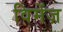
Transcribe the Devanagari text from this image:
विमेंज़